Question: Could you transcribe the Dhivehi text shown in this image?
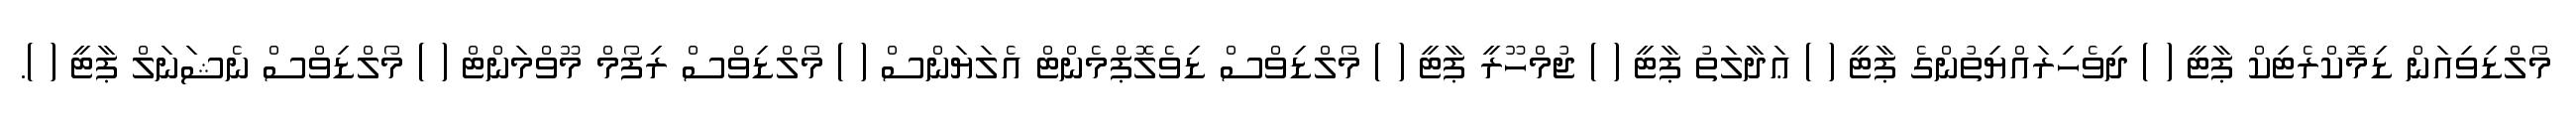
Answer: މޯލްޑިވިއަން ޑިމޮކްރެޓިކް ޕާޓީ ( ) ދިވެހިރައްޔިތުންގެ ޕާޓީ ( ) ޢަދާލަތު ޕާޓީ ( ) ޖުމްހޫރީ ޕާޓީ ( ) މޯލްޑިވްސް ޑިވެލޮޕްމެންޓް އެލަޔަންސް ( ) މޯލްޑިވްސް ރިފޯމް މޫވްމަންޓް ( ) މޯލްޑިވްސް ނެޝަނަލް ޕާޓީ ( ).